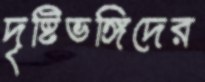
দৃষ্টিভঙ্গিদের